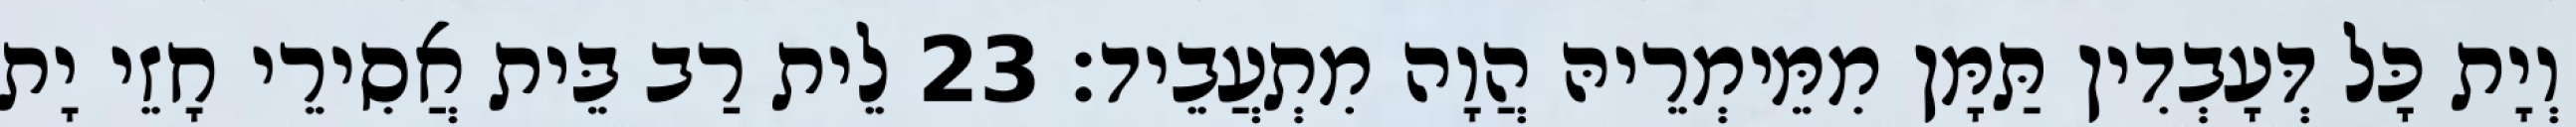
וְיָת כָּל דְּעָבְדִין תַּמָּן מִמֵּימְרֵיהּ הֲוָה מִתְעֲבֵיד׃ 23 לֵית רַב בֵּית אֲסִירֵי חָזֵי יָת